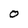
Character: O